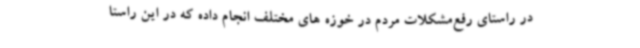
در راستای رفع‌مشکلات مردم در خوزه های مختلف انجام داده که در این راستا